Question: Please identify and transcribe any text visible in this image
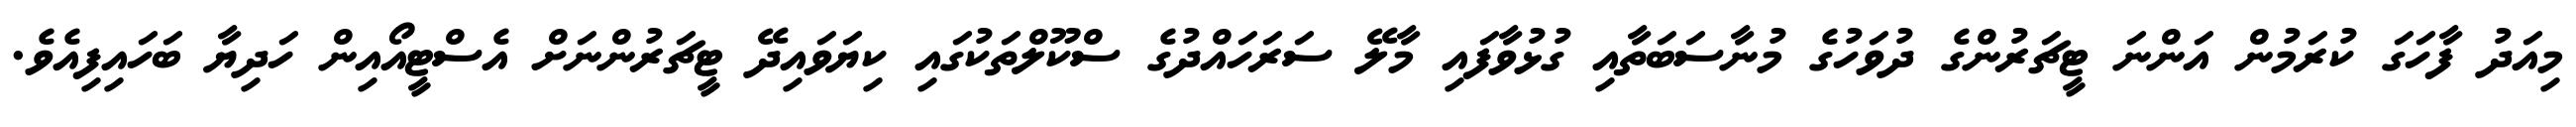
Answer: މިއަދު ފާހަގަ ކުރަމުން އަންނަ ޓީޗަރުންގެ ދުވަހުގެ މުނާސަބަތާއި ގުޅުވާފައި މާލޭ ސަރަހައްދުގެ ސްކޫލްތަކުގައި ކިޔަވައިދޭ ޓީޗަރުންނަށް އެސްޓީއޯއިން ހަދިޔާ ބަހައިފިއެވެ.